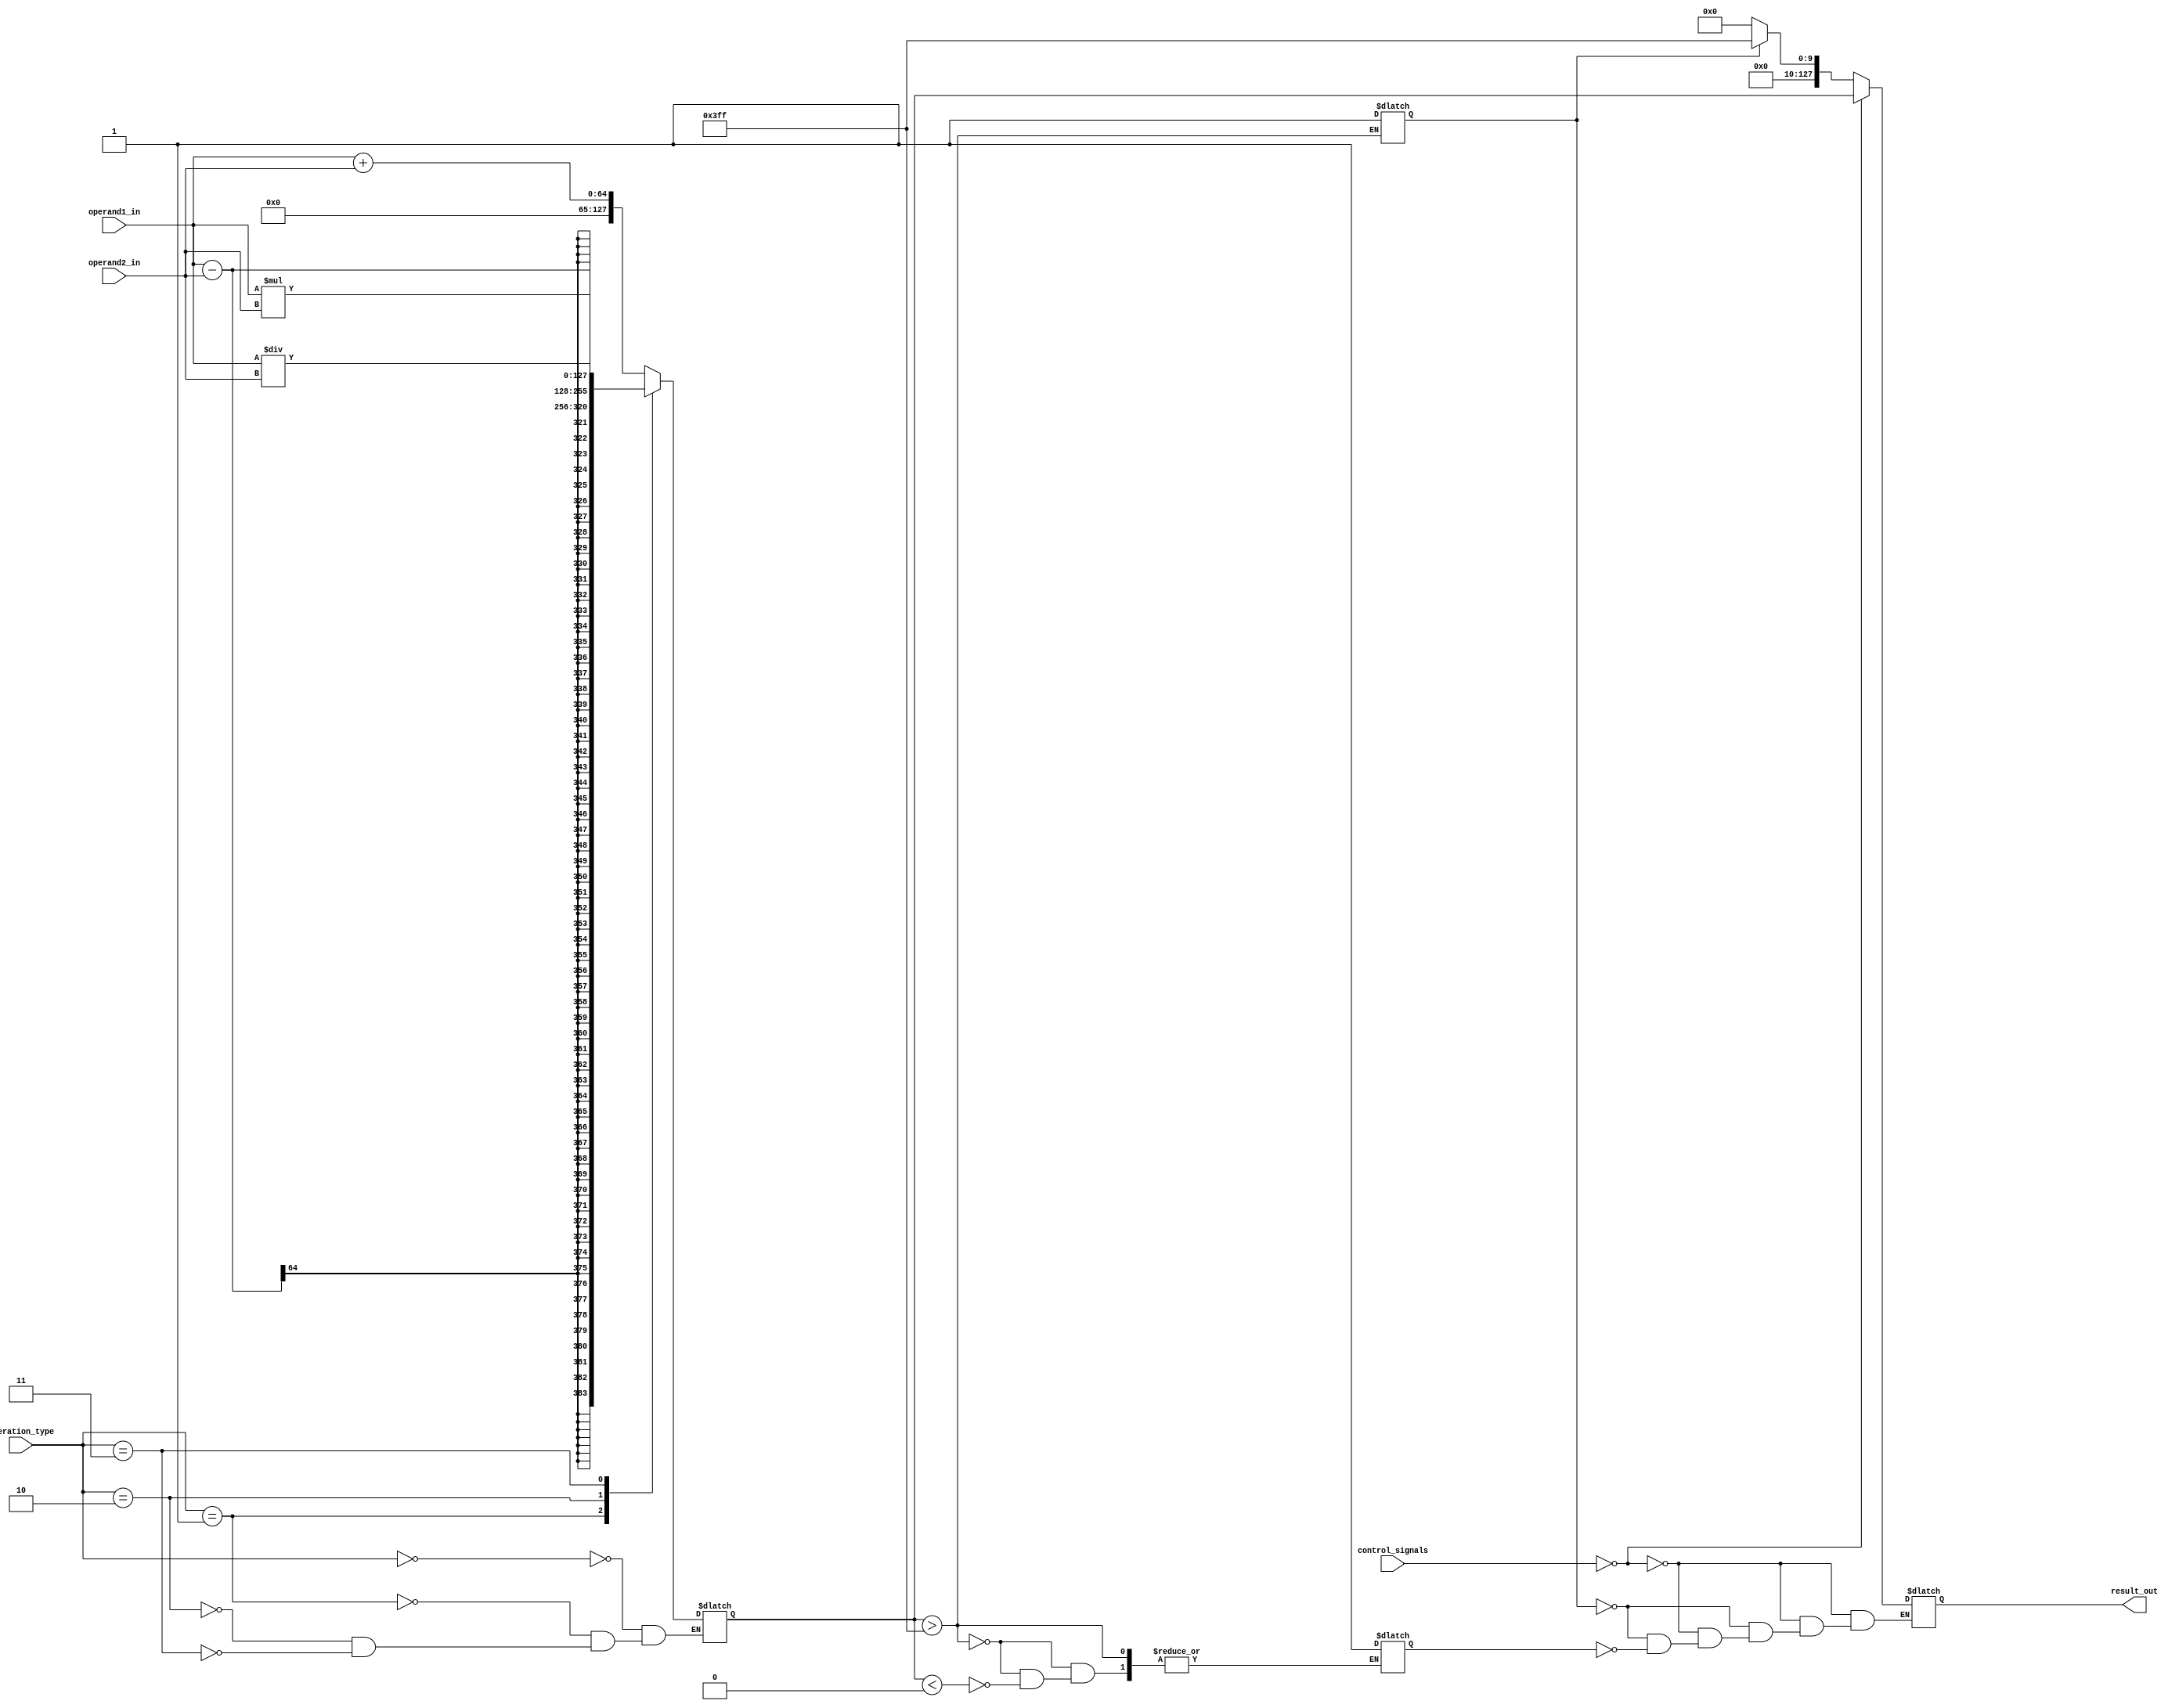
module extended_precision_unit(
    input wire [63:0] operand1_in,
    input wire [63:0] operand2_in,
    input wire [2:0] operation_type,
    input wire [3:0] control_signals,
    output reg [127:0] result_out
);

// Define operations
parameter ADD = 3'b000;
parameter SUB = 3'b001;
parameter MUL = 3'b010;
parameter DIV = 3'b011;

reg [63:0] operand1_ext;
reg [63:0] operand2_ext;
reg [127:0] result;
reg overflow;
reg underflow;

// Extend operands to double precision
always @(*) begin
    operand1_ext = {64'b0, operand1_in};
    operand2_ext = {64'b0, operand2_in};
end

// Perform operation based on operation type
always @(*) begin
    case(operation_type)
        ADD:   result = operand1_ext + operand2_ext;
        SUB:   result = operand1_ext - operand2_ext;
        MUL:   result = operand1_ext * operand2_ext;
        DIV:   result = operand1_ext / operand2_ext;
    endcase
end

// Handle special cases
always @(*) begin
    if(result > 128'b01111111111) begin
        overflow = 1;
    end else if(result < 128'b00000000000) begin
        underflow = 1;
    end
end

// Apply control signals
always @(*) begin
    if(control_signals == 4'b0000) begin
        // Default behavior
        result_out = result[127:0];
    end else if(overflow) begin
        // Handle overflow
        result_out = 128'b01111111111; // Set to max value
    end else if(underflow) begin
        // Handle underflow
        result_out = 128'b00000000000; // Set to min value
    end
end

endmodule